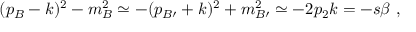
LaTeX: ( p _ { B } - k ) ^ { 2 } - m _ { B } ^ { 2 } \simeq - ( p _ { B \prime } + k ) ^ { 2 } + m _ { B \prime } ^ { 2 } \simeq - 2 p _ { 2 } k = - s \beta ~ ,